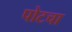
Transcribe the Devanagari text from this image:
पोटचा